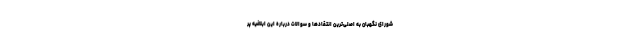
شورای نگهبان به اصلی‌ترین انتقادها و سوالات درباره این ابلاغیه پر